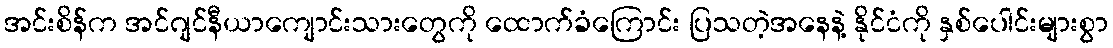
အင်းစိန်က အင်ဂျင်နီယာကျောင်းသားတွေကို ထောက်ခံကြောင်း ပြသတဲ့အနေနဲ့ နိုင်ငံကို နှစ်ပေါင်းများစွာ